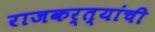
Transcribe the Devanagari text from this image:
राजकर्त्यांची